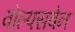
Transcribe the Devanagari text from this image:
वोल्फ्सबेन